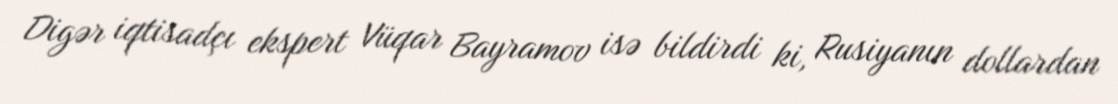
Digər iqtisadçı ekspert Vüqar Bayramov isə bildirdi ki, Rusiyanın dollardan